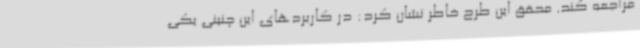
مراجعه کند. محقق این طرح خاطر نشان کرد: در کاربردهای این چنینی یکی